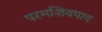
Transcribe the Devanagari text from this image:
परमशिवपाद